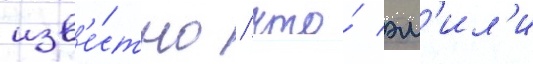
изв'е́стно / что́ эм'ил'и